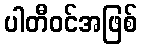
ပါတီဝင်အဖြစ်